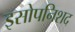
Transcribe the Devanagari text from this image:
इसोपनिशद